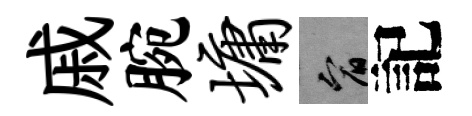
戚腕墉宥記